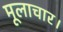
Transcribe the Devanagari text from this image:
मूलाचार।